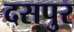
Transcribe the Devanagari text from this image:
दसपुर